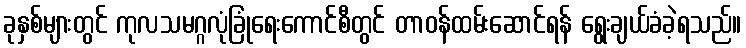
ခုနှစ်များတွင် ကုလသမဂ္ဂလုံခြုံရေးကောင်စီတွင် တာဝန်ထမ်းဆောင်ရန် ရွေးချယ်ခံခဲ့ရသည်။